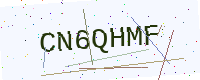
Text: CN6QHMF